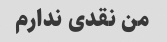
من نقدی ندارم